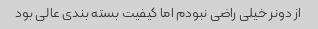
از دونر خیلی راضی نبودم اما کیفیت بسته بندی عالی بود